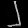
Digit: ၂